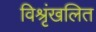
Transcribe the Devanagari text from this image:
विश्रृंखलित